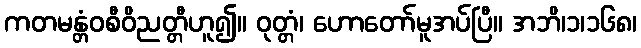
ကတမန္တံဝစီဝိညတ္တီဟူ၍။ ဝုတ္တံ၊ ဟောတော်မူအပ်ပြီ။ အဘိ၊၁၊၁၆၈၊